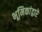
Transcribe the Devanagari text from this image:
भूमिकांद्वारे